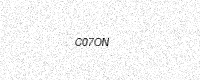
Text: C07ON